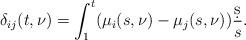
LaTeX: \begin{align*} \delta_{ij}(t,\nu) = \int_{1}^t (\mu_i(s,\nu)-\mu_j(s,\nu)) \frac{\d s}{s}.\end{align*}